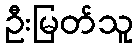
ဦးမြတ်သူ